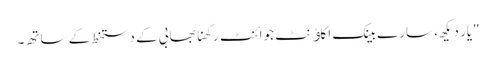
"یار دیکھ، سارے بینک اکاﺅنٹ جوائنٹ رکھنا بھابی کے دستخط کے ساتھ۔